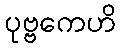
ပုဗ္ဗကေဟိ